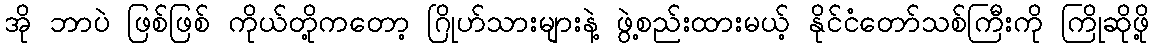
အို ဘာပဲ ဖြစ်ဖြစ် ကိုယ်တို့ကတော့ ဂြိုဟ်သားများနဲ့ ဖွဲ့စည်းထားမယ့် နိုင်ငံတော်သစ်ကြီးကို ကြိုဆိုဖို့